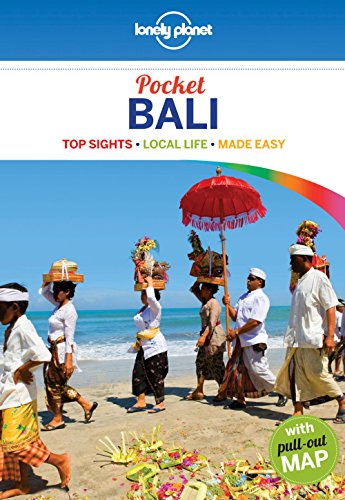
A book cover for Lonely Planet Pocket Bali (Travel Guide); Lonely Planet; Travel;